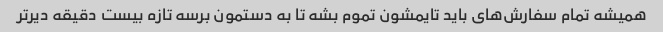
همیشه تمام سفارش‌های باید تایمشون تموم بشه تا به دستمون برسه تازه بیست دقیقه دیر‌تر